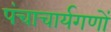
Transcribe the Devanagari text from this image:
पंचाचार्यगणों